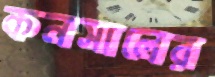
কনসালের